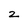
Character: 2